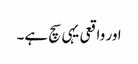
اور واقعی یہی سچ ہے۔